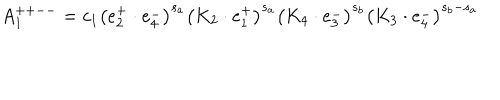
LaTeX: A _ { 1 } ^ { + + -- } = c _ { 1 } \left( e _ { 2 } ^ { + } \cdot e _ { 4 } ^ { - } \right) ^ { s _ { a } } \left( K _ { 2 } \cdot e _ { 1 } ^ { + } \right) ^ { s _ { a } } \left( K _ { 4 } \cdot e _ { 3 } ^ { - } \right) ^ { s _ { b } } \left( K _ { 3 } \cdot e _ { 4 } ^ { - } \right) ^ { s _ { b } - s _ { a } }